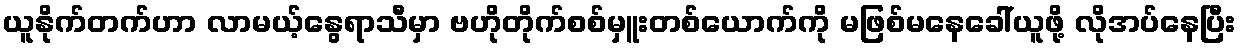
ယူနိုက်တက်ဟာ လာမယ့်နွေရာသီမှာ ဗဟိုတိုက်စစ်မှူးတစ်ယောက်ကို မဖြစ်မနေခေါ်ယူဖို့ လိုအပ်နေပြီး